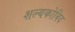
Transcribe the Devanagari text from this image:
शल्यकोविद